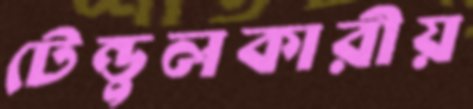
টেন্ডুলকারীয়